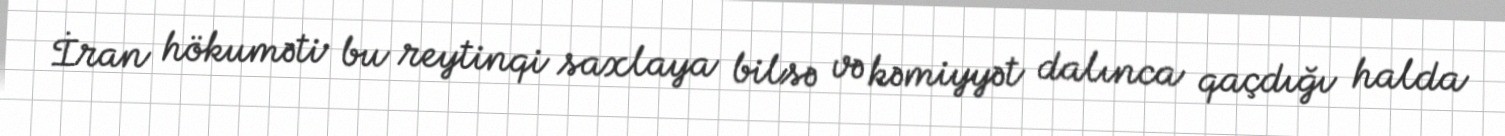
İran hökuməti bu reytinqi saxlaya bilsə və kəmiyyət dalınca qaçdığı halda